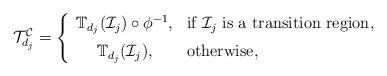
LaTeX: \begin{align*}\mathcal{T}_{d_j}^{\mathcal{C}} =\left\{\begin{array}{cl}\mathbb{T}_{d_j}(\mathcal{I}_j) \circ \phi ^{-1} , & \mbox{if } \mathcal{I}_j \mbox{ is a transition region}, \\ [0.5 em]\mathbb{T}_{d_j}(\mathcal{I}_j) , & \mbox{otherwise},\end{array}\right.\end{align*}